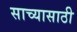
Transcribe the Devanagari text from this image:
साच्यासाठी